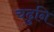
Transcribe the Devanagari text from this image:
चढुनि